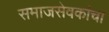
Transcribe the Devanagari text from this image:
समाजसेवकांचा